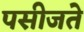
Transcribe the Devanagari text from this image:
पसीजते